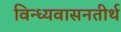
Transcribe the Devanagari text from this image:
विन्ध्यवासनतीर्थ